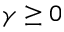
\gamma \geq 0